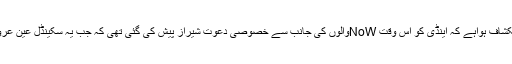
اس بات کا بھی انکشاف ہواہے کہ اینڈی کو اس وقت NoWوالوں کی جانب سے خصوصی دعوت شیراز پیش کی گئی تھی کہ جب یہ سکینڈل عین عروج پر پہنچاہواتھا۔